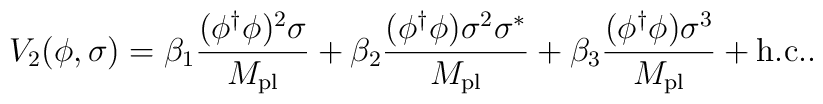
V_2(\phi,\sigma)   =\beta_{1}\frac{(\phi^{\dag}\phi)^2\sigma}{M_{\rm pl}}  +\beta_{2}\frac{(\phi^{\dag}\phi)\sigma^2\sigma^{\ast}}{M_{\rm pl}}  +\beta_{3}\frac{(\phi^{\dag}\phi)\sigma^3}{M_{\rm pl}}  +  \rm {h.c.} .